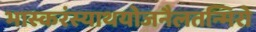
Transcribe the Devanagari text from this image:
भास्करंस्याथयोजनैलतन्मिरो